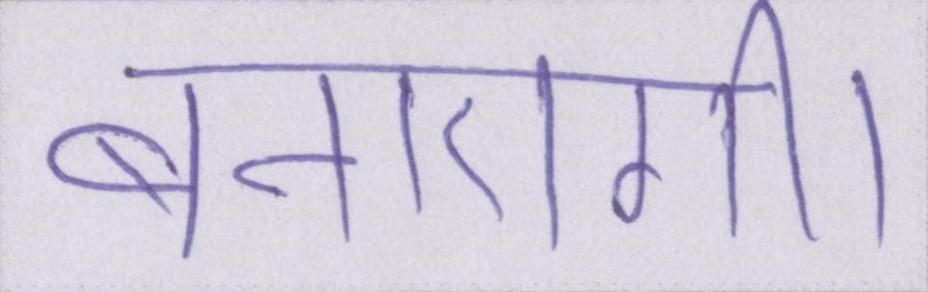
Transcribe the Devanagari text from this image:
बनाएगी।